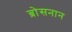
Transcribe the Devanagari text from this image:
ब्रोसनान